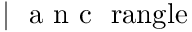
\mathrm { ~ \ensuremath ~ { ~ \vert ~ \mathrm { ~ a ~ n ~ c ~ \ r a n g l e ~ } } ~ }